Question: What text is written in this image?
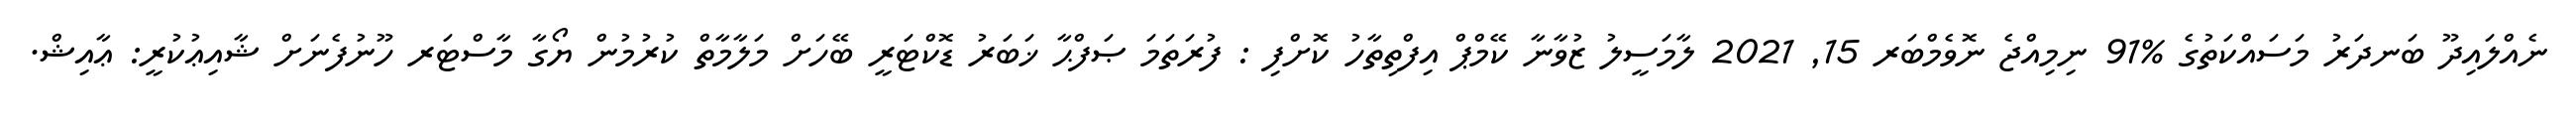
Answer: ނެއްލައިދޫ ބަނދަރު މަސައްކަތުގެ %91 ނިމިއްޖެ ނޮވެމްބަރ 15, 2021 ލާމަސީލު ޒުވާނާ ކޭމްޕް އިފްތިތާހު ކޮށްފި : ފުރަތަމަ ޞަފްޙާ ޚަބަރު ޑޮކްޓަރީ ބޭހަށް މަލާމާތް ކުރުމުން ޔޯގާ މާސްޓަރ ހޫނުފެނަށް ޝާއިޢުކުރީ: ޢާއިޝް.